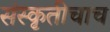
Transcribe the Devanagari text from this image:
संस्कृतीचाच